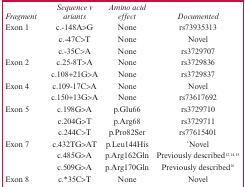
<table><thead><tr><td><b><i>Fragment</i></b></td><td><b><i>Sequence v ariants</i></b></td><td><b><i>Amino acid effect</i></b></td><td><b><i>Documented</i></b></td></tr></thead><tbody><tr><td rowspan="3">Exon 1</td><td>c.-148A&gt;G</td><td>None</td><td>rs73935313</td></tr><tr><td>c.-47C&gt;T</td><td>None</td><td>Novel</td></tr><tr><td>c.-35C&gt;A</td><td>None</td><td>rs3729707</td></tr><tr><td rowspan="2">Exon 2</td><td>c.25-8T&gt;A</td><td>None</td><td>rs3729836</td></tr><tr><td>c.108+21G&gt;A</td><td>None</td><td>rs3729837</td></tr><tr><td rowspan="2">Exon 4</td><td>c.109-17C&gt;A</td><td>None</td><td>Novel</td></tr><tr><td>c.150+13G&gt;A</td><td>None</td><td>rs73617692</td></tr><tr><td rowspan="3">Exon 5</td><td>c.198G&gt;A</td><td>p.Glu66</td><td>rs3729710</td></tr><tr><td>c.204G&gt;T</td><td>p.Arg68</td><td>rs3729711</td></tr><tr><td>c.244C&gt;T</td><td>p.Pro82Ser</td><td>rs77615401</td></tr><tr><td rowspan="3">Exon 7</td><td>c.432TG&gt;AT</td><td>p.Leu144His</td><td>*Novel</td></tr><tr><td>c.485G&gt;A</td><td>p.Arg162Gln</td><td>Previously described12,14,15</td></tr><tr><td>c.509G&gt;A</td><td>p.Arg170Gln</td><td>Previously described16</td></tr><tr><td>Exon 8</td><td>c.*35C&gt;T</td><td>None</td><td>Novel</td></tr></tbody></table>